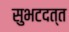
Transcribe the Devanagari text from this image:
सुभटदत्त